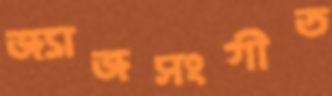
জ্যাজসংগীত